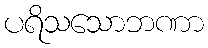
ပရိသသောဘဏာ